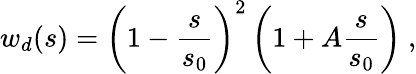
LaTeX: w_{d}(s)=\left(1-{\frac{s}{s_{0}}}\right)^{2}\left(1+A{\frac{s}{s_{0}}}\right)\ ,